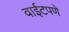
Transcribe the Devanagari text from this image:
वाईटपणे